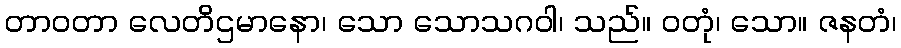
တာဝတာ လေတိဌမာနော၊ သော သောသဂဝါ၊ သည်။ ဝတုံ၊ သော။ ဇနတံ၊